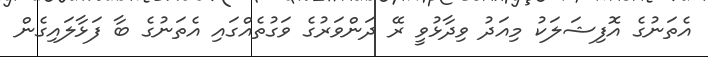
އެތަނުގެ އޮފިޝަލަކު މިއަދު ވިދާޅުވީ ރޭ ދަންވަރުގެ ވަގުތެއްގައި އެތަނުގެ ބާ ފަޅާލައިގެން